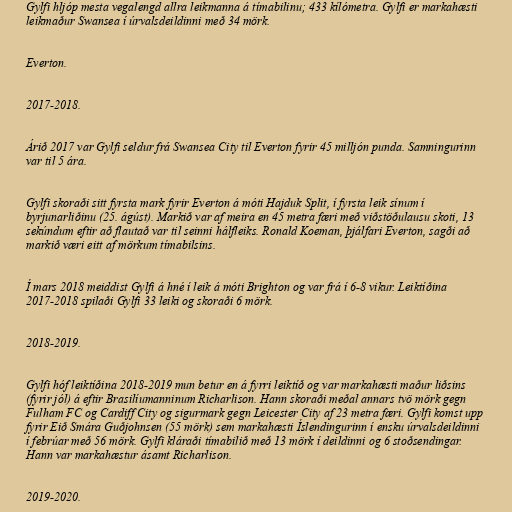
Gylfi hljóp mesta vegalengd allra leikmanna á tímabilinu; 433 kílómetra. Gylfi er markahæsti
leikmaður Swansea í úrvalsdeildinni með 34 mörk.

Everton.

2017-2018.

Árið 2017 var Gylfi seldur frá Swansea City til Everton fyrir 45 milljón punda. Samningurinn
var til 5 ára.

Gylfi skoraði sitt fyrsta mark fyrir Everton á móti Hajduk Split, í fyrsta leik sínum í
byrjunarliðinu (25. ágúst). Markið var af meira en 45 metra færi með viðstöðulausu skoti, 13
sekúndum eftir að flautað var til seinni hálfleiks. Ronald Koeman, þjálfari Everton, sagði að
markið væri eitt af mörkum tímabilsins.

Í mars 2018 meiddist Gylfi á hné í leik á móti Brighton og var frá í 6-8 vikur. Leiktíðina
2017-2018 spilaði Gylfi 33 leiki og skoraði 6 mörk.

2018-2019.

Gylfi hóf leiktíðina 2018-2019 mun betur en á fyrri leiktíð og var markahæsti maður liðsins
(fyrir jól) á eftir Brasilíumanninum Richarlison. Hann skoraði meðal annars tvö mörk gegn
Fulham FC og Cardiff City og sigurmark gegn Leicester City af 23 metra færi. Gylfi komst upp
fyrir Eið Smára Guðjohnsen (55 mörk) sem markahæsti Íslendingurinn í ensku úrvalsdeildinni
í febrúar með 56 mörk. Gylfi kláraði tímabilið með 13 mörk í deildinni og 6 stoðsendingar.
Hann var markahæstur ásamt Richarlison.

2019-2020.